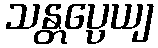
သန္တပ္ပေယျ